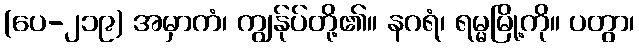
(ပေ-၂၁၉) အမှာကံ၊ ကျွန်ုပ်တို့၏။ နဂရံ၊ ရမ္မမြို့ကို။ ပတွာ၊